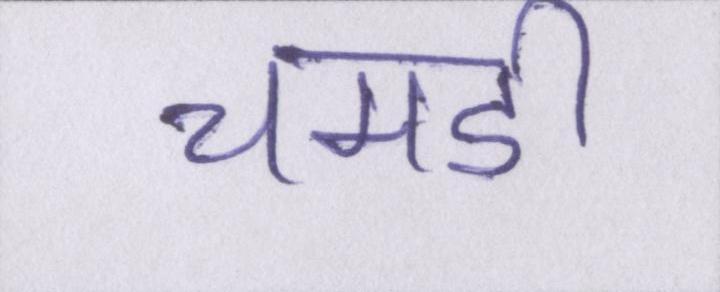
चमडी